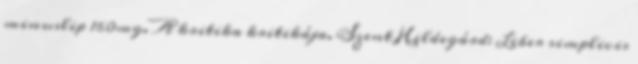
minuslip 160mg. A kritika kritikája. Szent Hildegárd: Liber simplicis